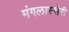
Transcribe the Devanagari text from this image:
मंगलास्सेरी